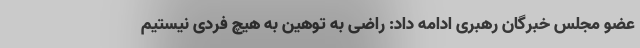
عضو مجلس خبرگان رهبری ادامه داد: راضی به توهین به هیچ فردی نیستیم